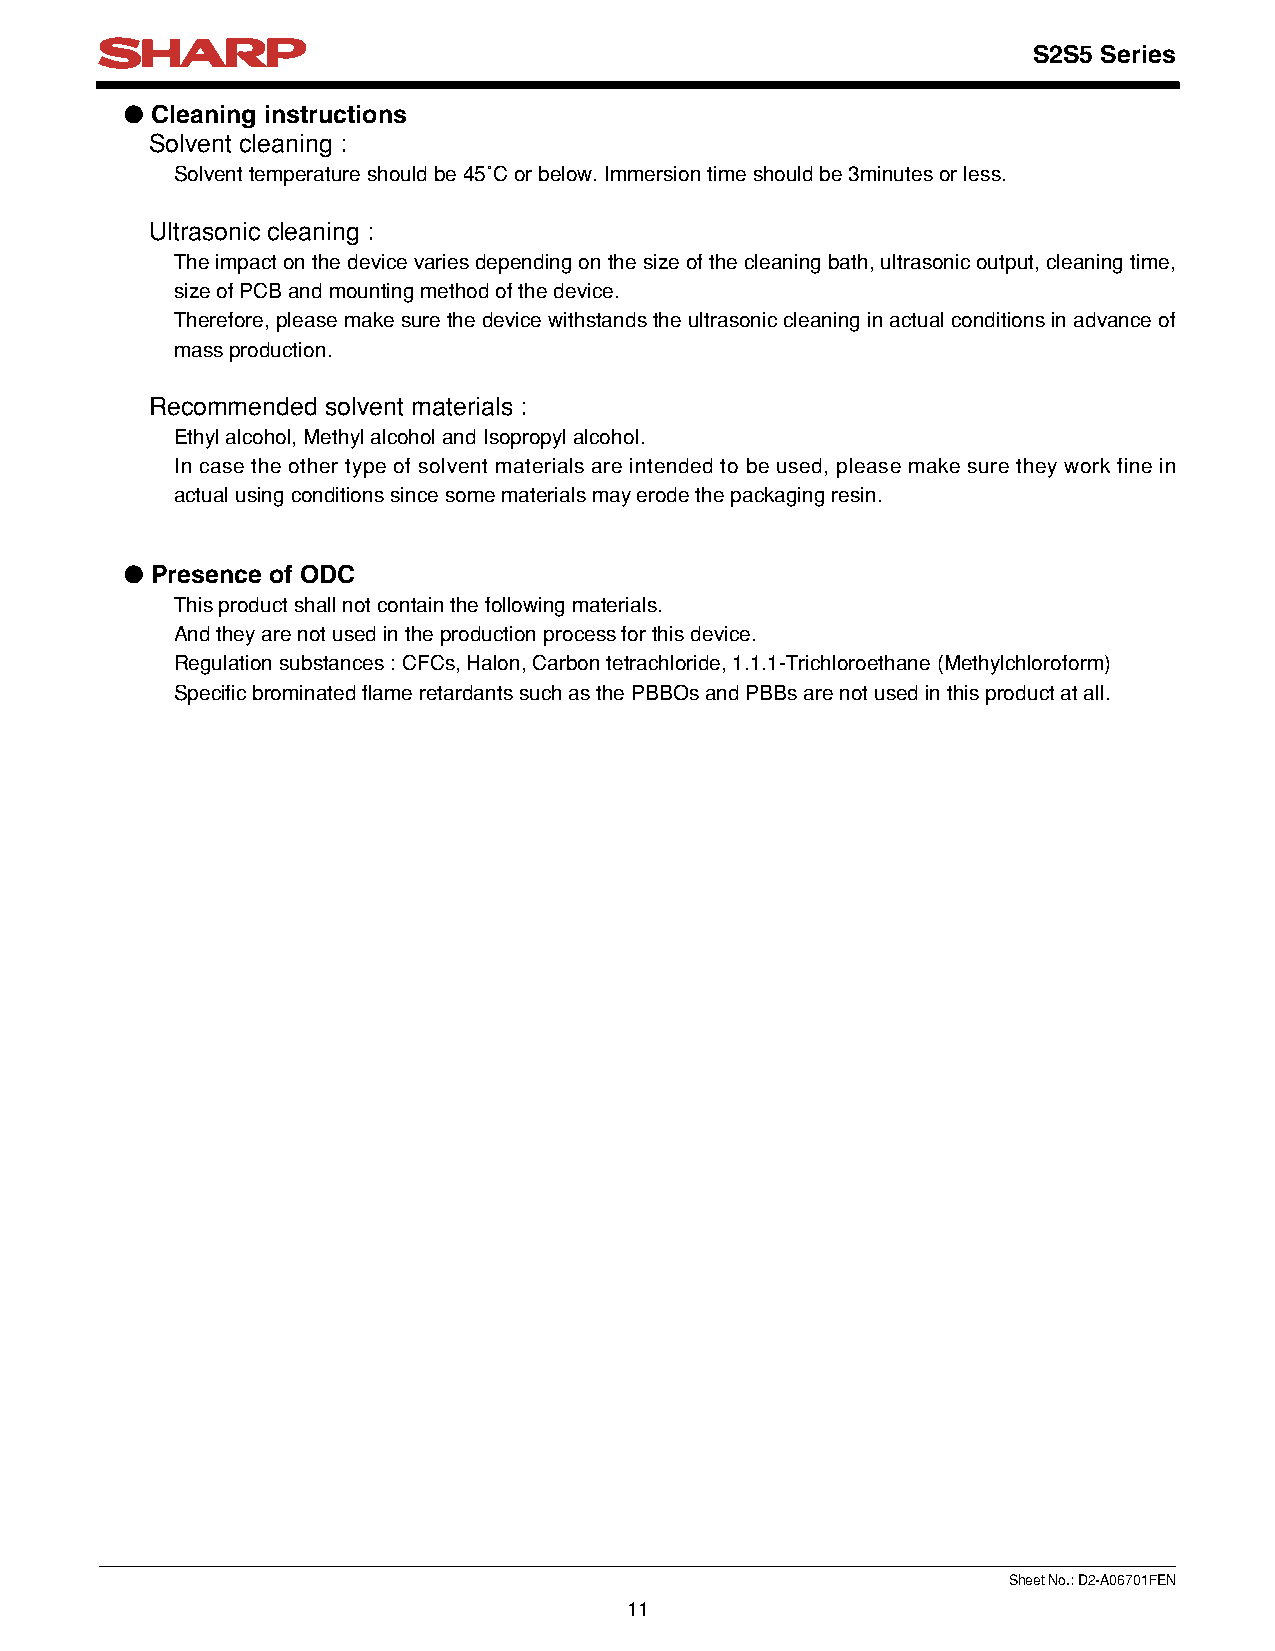
S2S5 Series
 ● Cleaning instructions
 Solvent cleaning :
 Solvent temperature should be 45˚C or below. Immersion time should be 3minutes or less.
 Ultrasonic cleaning :
 The impact on the device varies depending on the size of the cleaning bath, ultrasonic output, cleaning time,
 size of PCB and mounting method of the device.
 Therefore, please make sure the device withstands the ultrasonic cleaning in actual conditions in advance of
 mass production.
 Recommended solvent materials :
 Ethyl alcohol, Methyl alcohol and Isopropyl alcohol.
 In case the other type of solvent materials are intended to be used, please make sure they work fine in
 actual using conditions since some materials may erode the packaging resin.
 ● Presence of ODC
 This product shall not contain the following materials.
 And they are not used in the production process for this device.
 Regulation substances : CFCs, Halon, Carbon tetrachloride, 1.1.1-Trichloroethane (Methylchloroform)
 Specific brominated flame retardants such as the PBBOs and PBBs are not used in this product at all.
 Sheet No.: D2-A06701FEN
 11